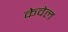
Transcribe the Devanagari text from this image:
केवेल